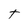
Character: T